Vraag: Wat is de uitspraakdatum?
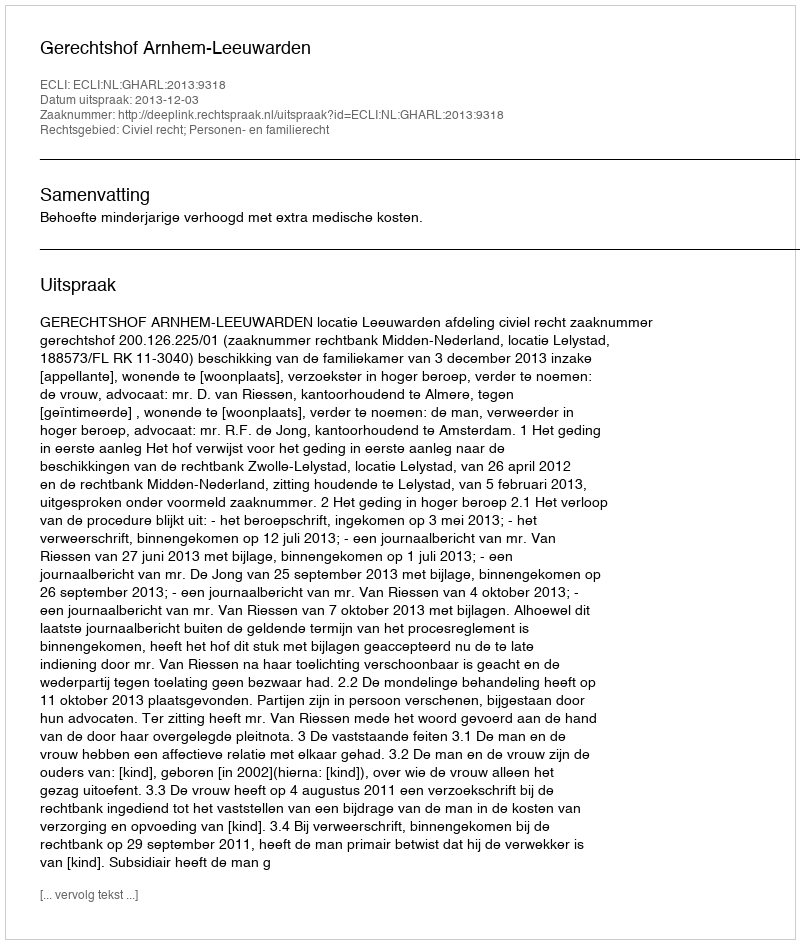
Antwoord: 2013-12-03